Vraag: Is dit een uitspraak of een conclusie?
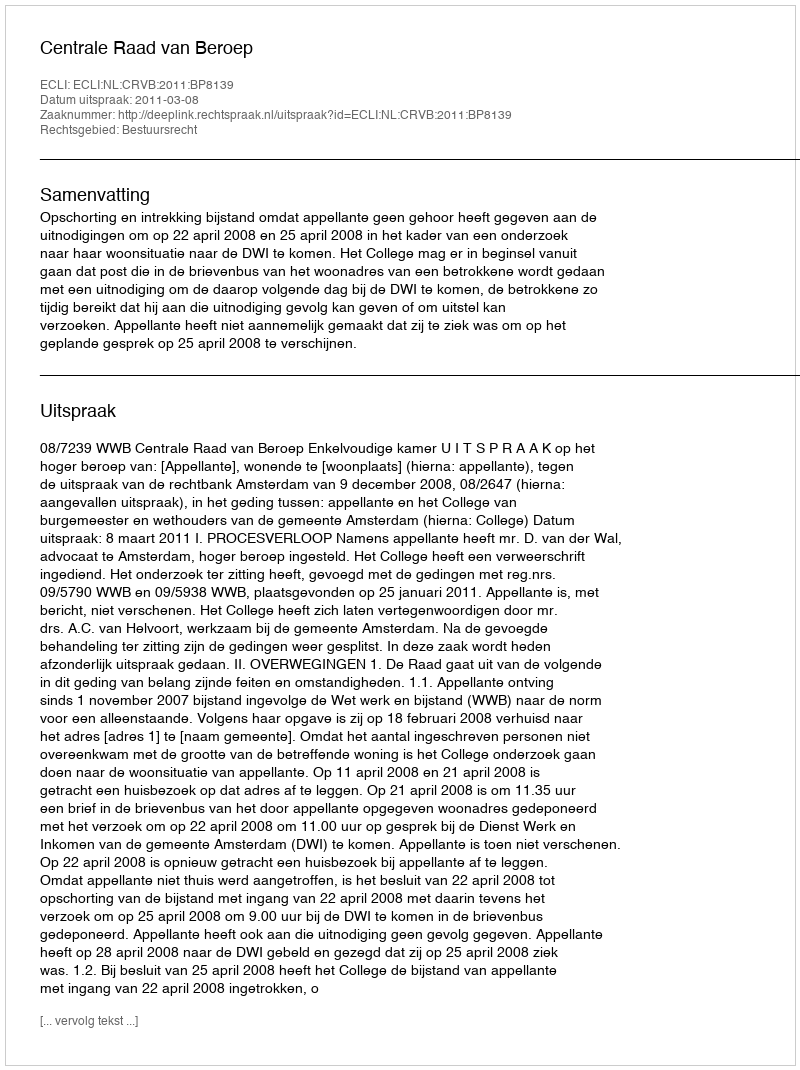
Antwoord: Uitspraak